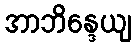
အာဘိန္ဒေယျ